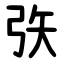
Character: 矤